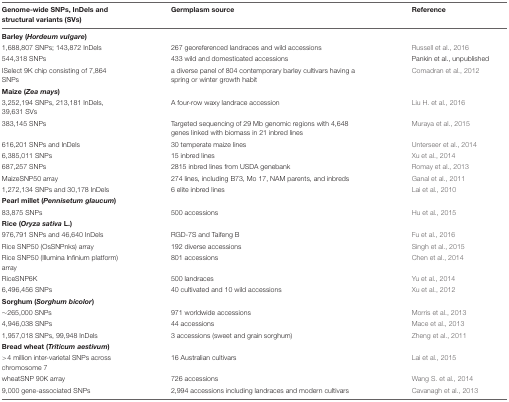
<table><thead><tr><td><b>Genome-wide SNPs, InDels and structural variants (SVs)</b></td><td><b>Germplasm source</b></td><td><b>Reference</b></td></tr></thead><tbody><tr><td colspan="3"><b>Barley (<i>Hordeum vulgare</i>)</b></td></tr><tr><td>1,688,807 SNPs; 143,872 InDels</td><td>267 georeferenced landraces and wild accessions</td><td>Russell et al., 2016</td></tr><tr><td>544,318 SNPs</td><td>433 wild and domesticated accessions</td><td>Pankin et al., unpublished</td></tr><tr><td>ISelect 9K chip consisting of 7,864 SNPs</td><td>a diverse panel of 804 contemporary barley cultivars having a spring or winter growth habit</td><td>Comadran et al., 2012</td></tr><tr><td colspan="3"><b>Maize (<i>Zea mays</i>)</b></td></tr><tr><td>3,252,194 SNPs, 213,181 InDels, 39,631 SVs</td><td>A four-row waxy landrace accession</td><td>Liu H. et al., 2016</td></tr><tr><td>383,145 SNPs</td><td>Targeted sequencing of 29 Mb genomic regions with 4,648 genes linked with biomass in 21 inbred lines</td><td>Muraya et al., 2015</td></tr><tr><td>616,201 SNPs and InDels</td><td>30 temperate maize lines</td><td>Unterseer et al., 2014</td></tr><tr><td>6,385,011 SNPs</td><td>15 inbred lines</td><td>Xu et al., 2014</td></tr><tr><td>687,257 SNPs</td><td>2815 inbred lines from USDA genebank</td><td>Romay et al., 2013</td></tr><tr><td>MaizeSNP50 array</td><td>274 lines, including B73, Mo 17, NAM parents, and inbreds</td><td>Ganal et al., 2011</td></tr><tr><td>1,272,134 SNPs and 30,178 InDels</td><td>6 elite inbred lines</td><td>Lai et al., 2010</td></tr><tr><td colspan="3"><b>Pearl millet (<i>Pennisetum glaucum</i>)</b></td></tr><tr><td>83,875 SNPs</td><td>500 accessions</td><td>Hu et al., 2015</td></tr><tr><td colspan="3"><b>Rice (<i>Oryza sativa</i> L.)</b></td></tr><tr><td>976,791 SNPs and 46,640 InDels</td><td>RGD-7S and Taifeng B</td><td>Fu et al., 2016</td></tr><tr><td>Rice SNP50 (OsSNPnks) array</td><td>192 diverse accessions</td><td>Singh et al., 2015</td></tr><tr><td>Rice SNP50 (Illumina Infinium platform) array</td><td>801 accessions</td><td>Chen et al., 2014</td></tr><tr><td>RiceSNP6K</td><td>500 landraces</td><td>Yu et al., 2014</td></tr><tr><td>6,496,456 SNPs</td><td>40 cultivated and 10 wild accessions</td><td>Xu et al., 2012</td></tr><tr><td colspan="3"><b>Sorghum (<i>Sorghum bicolor</i>)</b></td></tr><tr><td>∼265,000 SNPs</td><td>971 worldwide accessions</td><td>Morris et al., 2013</td></tr><tr><td>4,946,038 SNPs</td><td>44 accessions</td><td>Mace et al., 2013</td></tr><tr><td>1,957,018 SNPs, 99,948 InDels</td><td>3 accessions (sweet and grain sorghum)</td><td>Zheng et al., 2011</td></tr><tr><td colspan="3"><b>Bread wheat (<i>Triticum aestivum</i>)</b></td></tr><tr><td>&gt;4 million inter-varietal SNPs across chromosome 7</td><td>16 Australian cultivars</td><td>Lai et al., 2015</td></tr><tr><td>wheatSNP 90K array</td><td>726 accessions</td><td>Wang S. et al., 2014</td></tr><tr><td>9,000 gene-associated SNPs</td><td>2,994 accessions including landraces and modern cultivars</td><td>Cavanagh et al., 2013</td></tr></tbody></table>